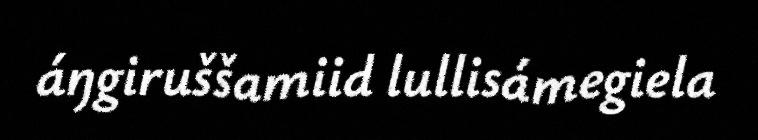
áŋgiruššamiid lullisámegiela